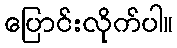
ပြောင်းလိုက်ပါ။